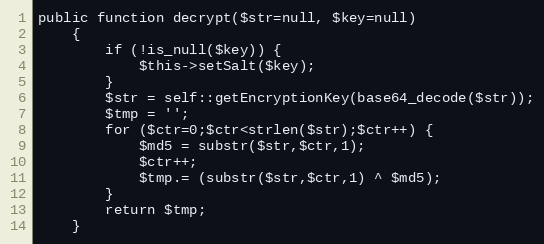
Language: PHP
public function decrypt($str=null, $key=null)
    {
        if (!is_null($key)) {
            $this->setSalt($key);
        }
        $str = self::getEncryptionKey(base64_decode($str));
        $tmp = '';
        for ($ctr=0;$ctr<strlen($str);$ctr++) {
            $md5 = substr($str,$ctr,1);
            $ctr++;
            $tmp.= (substr($str,$ctr,1) ^ $md5);
        }
        return $tmp;
    }